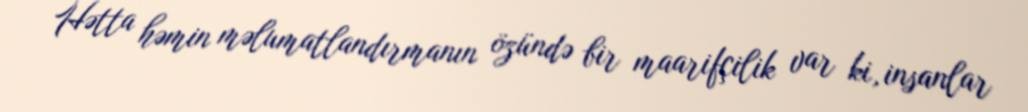
Hətta həmin məlumatlandırmanın özündə bir maarifçilik var ki, insanlar